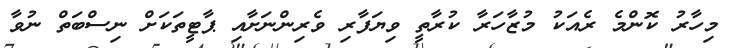
މިހާރު ކޮންމެ ރެއަކު މުޒާހަރާ ކުރާތީ ވިޔަފާރި ވެރިންނަށާއި ޕާޓީތަކަށް ނިސްބަތް ނުވާ